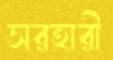
সরহারী